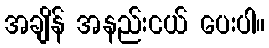
အချိန် အနည်းငယ် ပေးပါ။